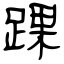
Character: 踝